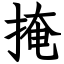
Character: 掩